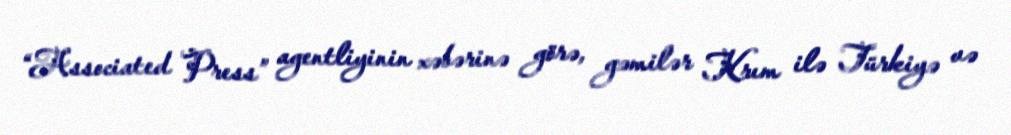
“Associated Press” agentliyinin xəbərinə görə, gəmilər Krım ilə Türkiyə və